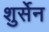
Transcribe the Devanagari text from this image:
शुर्सेन